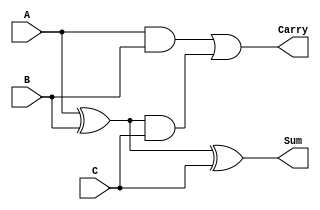
module CarrySaveAdder #(parameter N = 8) (
    input  wire [N-1:0] A,  // First operand
    input  wire [N-1:0] B,  // Second operand
    input  wire [N-1:0] C,  // Third operand
    output wire [N-1:0] Sum, // Final sum output
    output wire [N-1:0] Carry // Final carry output
);

    // Intermediate signals for partial sums and carries
    wire [N-1:0] PS1, PS2; // Partial sums
    wire [N-1:0] PC1, PC2; // Partial carries

    // Stage 1: Calculate partial sums and carries
    assign PS1 = A ^ B;      // Partial sum of A and B
    assign PC1 = A & B;      // Partial carry of A and B

    assign PS2 = PS1 ^ C;    // Partial sum of PS1 and C
    assign PC2 = PC1 | (PS1 & C); // Partial carry of PS1 and C

    // Final outputs
    assign Sum = PS2;        // Final sum output
    assign Carry = PC2;      // Final carry output

endmodule